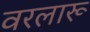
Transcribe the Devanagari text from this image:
वरलारू